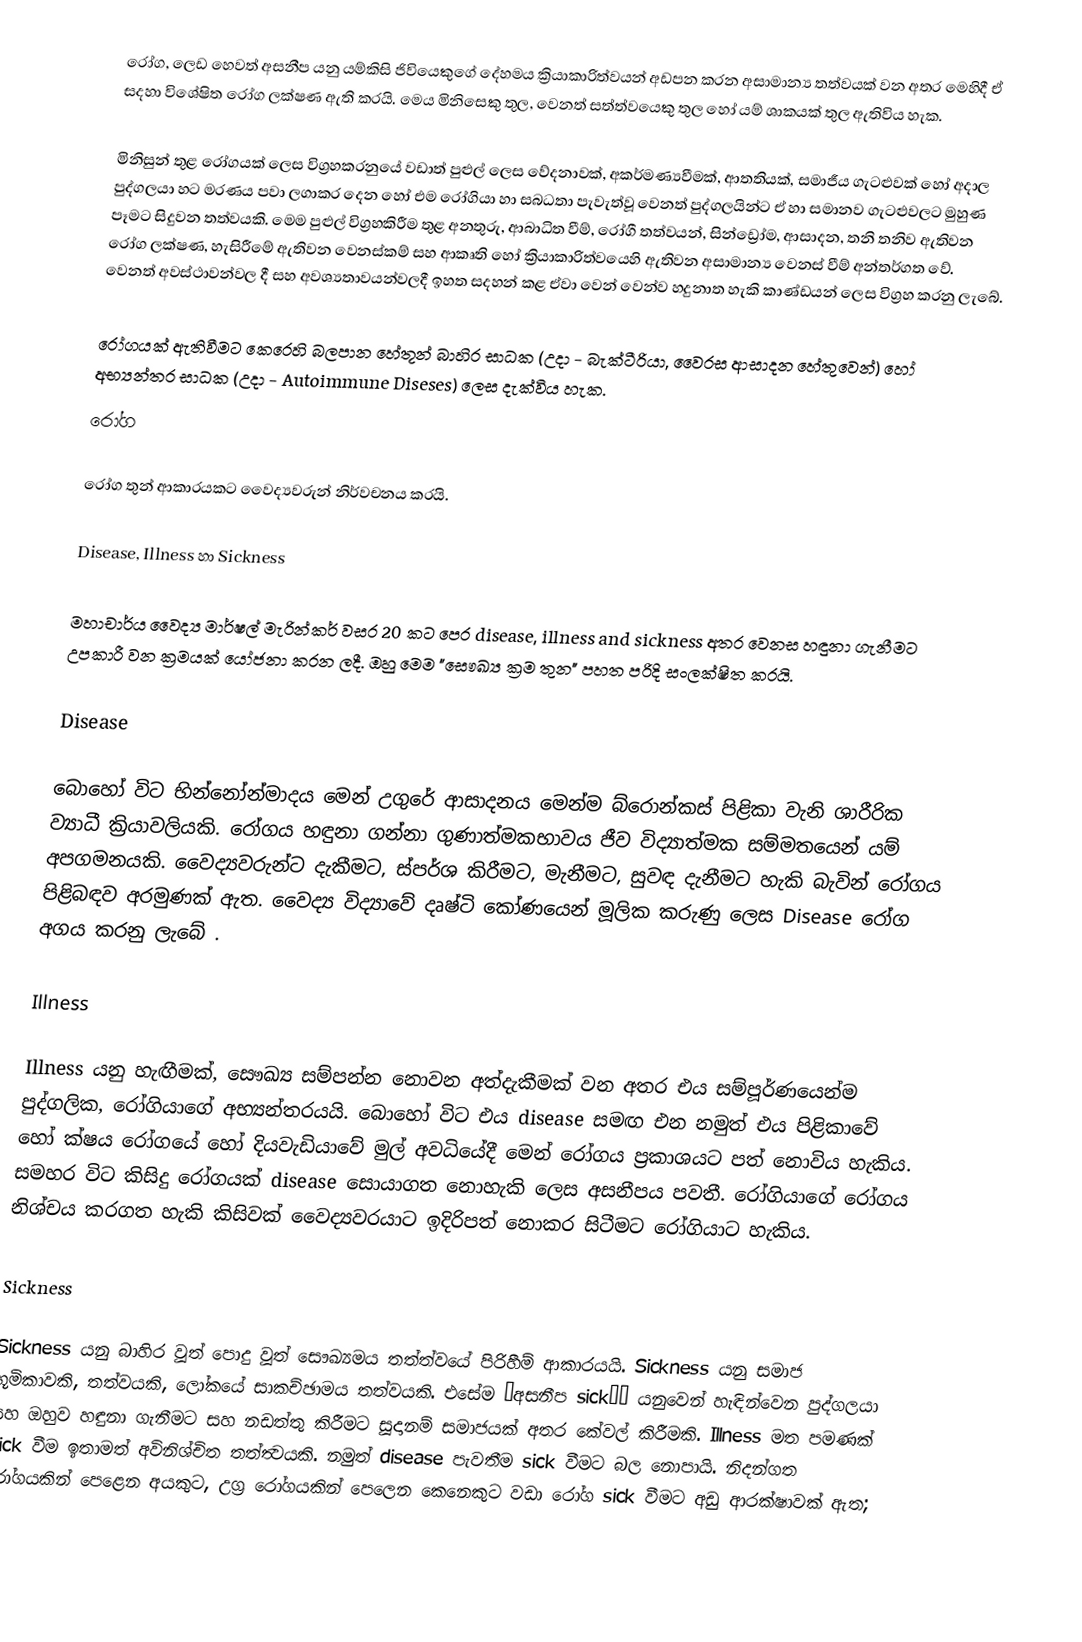
රෝග, ලෙඩ හෙවත් අසනීප යනු යම්කිසි ජිවියෙකුගේ දේහමය ක්‍රියාකාරිත්වයන් අඩපන කරන අසාමාන්‍ය තත්වයක් වන අතර මෙහිදී ඒ සදහා විශේෂිත රෝග ලක්ෂණ ඇති කරයි. මෙය මිනිසෙකු තුල, වෙනත් සත්ත්වයෙකු තුල හෝ යම් ශාකයක් තුල ඇතිවිය හැක.

මිනිසුන් තුළ රෝගයක් ලෙස විග්‍රහකරනුයේ වඩාත් පුළුල් ලෙස වේදනාවක්, අකර්මණ්‍යවීමක්, ආතතියක්, සමාජීය ගැටළුවක් හෝ අදාල පුද්ගලයා හට මරණය පවා ලගාකර දෙන හෝ එම රෝගියා හා සබධතා පැවැත්වූ වෙනත් පුද්ගලයින්ට ඒ හා සමානව ගැටළුවලට මුහුණ පෑමට සිදුවන තත්වයකි. මෙම පුළුල් විග්‍රහකිරීම තුළ අනතුරු, ආබාධිත වීම්, රෝගී තත්වයන්, සින්ඩ්‍රෝම, ආසාදන, තනි තනිව ඇතිවන රෝග ලක්ෂණ, හැසිරීමේ ඇතිවන වෙනස්කම් සහ ආකෘති හෝ ක්‍රියාකාරිත්වයෙහි ඇතිවන අසාමාන්‍ය වෙනස් වීම් අන්තර්ගත වේ. වෙනත් අවස්ථාවන්වල දී සහ අවශ්‍යතාවයන්වලදී ඉහත සදහන් කළ ඒවා වෙන් වෙන්ව හදුනාත හැකි කාණ්ඩයන් ලෙස විග්‍රහ කරනු ලැබේ.

රෝගයක් ඇතිවීමට කෙරෙහි බලපාන හේතූන් බාහිර සාධක (උදා - බැක්ටීරියා, වෛරස ආසාදන හේතුවෙන්)  හෝ  අභ්‍යන්තර සාධක  (උදා - Autoimmune Diseses) ලෙස දැක්විය හැක.
රෝග

රෝග තුන් ආකාරයකට වෛද්‍යවරුන් නිර්වචනය කරයි.

Disease, Illness හා Sickness

මහාචාර්ය වෛද්‍ය මාර්ෂල් මැරින්කර් වසර 20 කට පෙර disease, illness and sickness අතර වෙනස හඳුනා ගැනීමට උපකාරී වන ක්‍රමයක් යෝජනා කරන ලදී. ඔහු මෙම "සෞඛ්‍ය ක්‍රම තුන" පහත පරිදි සංලක්ෂිත කරයි.

Disease

බොහෝ විට භින්නෝන්මාදය මෙන් උගුරේ ආසාදනය මෙන්ම බ්රොන්කස් පිළිකා වැනි ශාරීරික ව්‍යාධී ක්‍රියාවලියකි. රෝගය හඳුනා ගන්නා ගුණාත්මකභාවය ජීව විද්‍යාත්මක සම්මතයෙන් යම් අපගමනයකි. වෛද්‍යවරුන්ට දැකීමට, ස්පර්ශ කිරීමට, මැනීමට, සුවඳ දැනීමට හැකි බැවින් රෝගය පිළිබඳව අරමුණක් ඇත. වෛද්‍ය විද්‍යාවේ දෘෂ්ටි කෝණයෙන් මූලික කරුණු ලෙස Disease රෝග අගය කරනු ලැබේ .

Illness

Illness  යනු හැඟීමක්, සෞඛ්‍ය සම්පන්න නොවන අත්දැකීමක් වන අතර එය සම්පූර්ණයෙන්ම පුද්ගලික, රෝගියාගේ අභ්‍යන්තරයයි. බොහෝ විට එය disease සමඟ එන නමුත් එය පිළිකාවේ හෝ ක්ෂය රෝගයේ හෝ දියවැඩියාවේ මුල් අවධියේදී මෙන් රෝගය ප්‍රකාශයට පත් නොවිය හැකිය. සමහර විට කිසිදු රෝගයක් disease සොයාගත නොහැකි ලෙස අසනීපය පවතී. රෝගියාගේ රෝගය නිශ්චය කරගත හැකි කිසිවක් වෛද්‍යවරයාට ඉදිරිපත් නොකර සිටීමට රෝගියාට හැකිය.

Sickness

Sickness  යනු බාහිර වූත් පොදු වූත් සෞඛ්‍යමය තත්ත්වයේ පිරිහීම් ආකාරයයි. Sickness යනු සමාජ භූමිකාවකි, තත්වයකි, ලෝකයේ සාකච්ඡාමය තත්වයකි. එසේම ‘අසනීප sick’’ යනුවෙන් හැඳින්වෙන පුද්ගලයා සහ ඔහුව හඳුනා ගැනීමට සහ නඩත්තු කිරීමට සූදානම් සමාජයක් අතර කේවල් කිරීමකි. Illness මත පමණක් Sick වීම ඉතාමත් අවිනිශ්චිත තත්ත්‍වයකි. නමුත් disease පැවතීම sick වීමට බල නොපායි. නිදන්ගත රෝගයකින් පෙළෙන අයකුට, උග්‍ර රෝගයකින් පෙලෙන කෙනෙකුට වඩා රෝග sick වීමට අඩු ආරක්ෂාවක් ඇත; උ